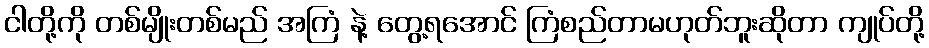
ငါတို့ကို တစ်မျိုးတစ်မည် အကြံ နဲ့ တွေ့ရအောင် ကြံစည်တာမဟုတ်ဘူးဆိုတာ ကျုပ်တို့